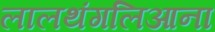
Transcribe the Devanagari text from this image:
लालथंगलिआना